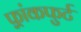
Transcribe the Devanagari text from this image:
फ़्रांकफुर्ट